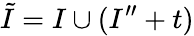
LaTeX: \tilde{I}=I\cup(I^{\prime\prime}+t)